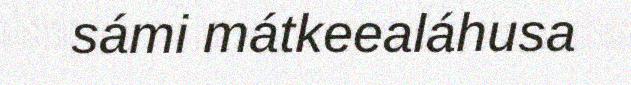
sámi mátkeealáhusa